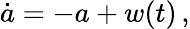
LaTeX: \dot{a}=-a+w(t)\, ,